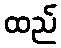
ထည်